Indian journal of veterinary science and animal husbandry - Volumes 24-25, 1954-1955
Year: 1954
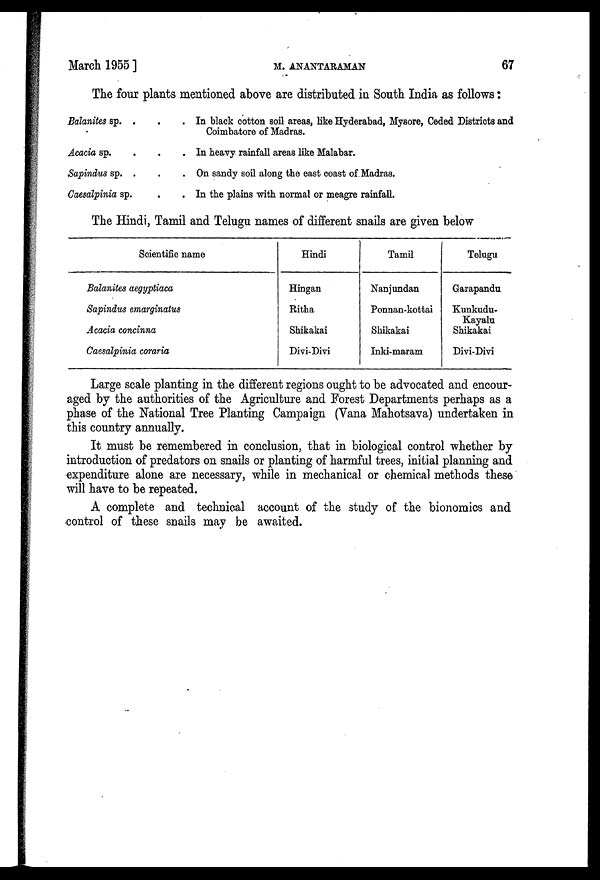
March 1955]
M.
ANANTARAMAN
67
The four plants mentioned above are distributed in South India as follows:
Balanites sp. .
Acacia sp. . .
Sapindus sp. . .
Caesalpinia sp. . .
In black cotton soil areas, like Hyderabad, Mysore, Ceded Districts and
Coimbatore of Madras.
In heavy rainfall areas like Malabar.
On sandy soil along the east coast of Madras.
In the plains with normal or meagre rainfall.
The Hindi, Tamil and Telugu names of different snails are given below
Scientific name
Balanites aegyptiaca
Sapindus emarginatus
Acacia concinna
Caesalpinia coraria
Hindi
Hingan
Ritha
Shikakai
Divi-Divi
Tamil
Nanjundan
Ponnan-kottai
Shikakai
Inki-maram
Telugu
Garapandu
Kunkudu-
Kayalu
Shikakai
Divi-Divi
Large scale planting in the different regions ought to be advocated and encour-
aged by the authorities of the Agriculture and Forest Departments perhaps as a
phase of the National Tree Planting Campaign (Vana Mahotsava) undertaken in
this country annually.
It must be remembered in conclusion, that in biological control whether by
introduction of predators on snails or planting of harmful trees, initial planning and
expenditure alone are necessary, while in mechanical or chemical methods these
will have to be repeated.
A complete and technical account of the study of the bionomics and
control of these snails may be awaited.